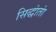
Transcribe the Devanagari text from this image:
सिद्धांतां